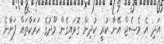
އަދި އެ މެސެޖް އޭނާ ކުރީ ކުދިން ގޮވައިގެން މޫދުގެ ހަރަކާތައް ފަށާނެ